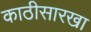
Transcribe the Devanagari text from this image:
काठीसारखा